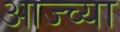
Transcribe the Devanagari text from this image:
आज्च्या